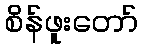
စိန်ဖူးတော်